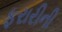
ફરારીની